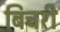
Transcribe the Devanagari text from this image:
बिचरी